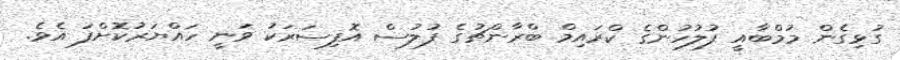
ގުޅިގެން މުމްބާއީ ފުލުހުންގެ ކްރައިމް ބްރާންޗުގެ ފުލުސް އޮފިސަރަކު ވަނީ ހައްޔަރުކޮށްފަ އެވެ.